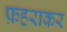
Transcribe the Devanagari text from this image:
फ़हराकर